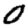
Digit: 0